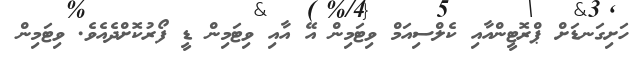
ހަށިގަނޑަށް ޕްރޮޓީންއާއި ކެލްސިއަމް ވިޓަމިން އޭ އާއި ވިޓަމިން ޑީ ފޯރުކޮށްދެއެވެ. ވިޓަމިން